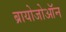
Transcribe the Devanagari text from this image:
ब्रायोजोऑन